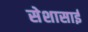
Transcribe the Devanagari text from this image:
सेशासाई